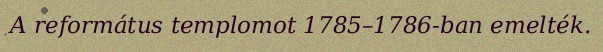
A református templomot 1785–1786-ban emelték.